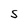
Character: S